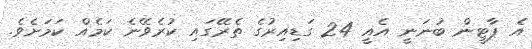
އެ ޕާޓީން ބުނަނީ އެއީ 24 ގަޑިއިރުގެ ތެރޭގައި ކުރެވޭނެ ކަމެއް ކަމަށެވެ.